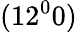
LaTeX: (12^{0}0)